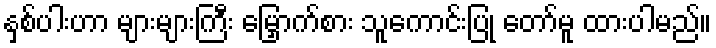
နှစ်ပါးဟာ များများကြီး မြှောက်စား သူကောင်းပြု တော်မူ ထားပါမည်။